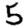
Digit: 5